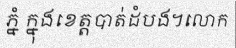
ភ្នំ ក្នុងខេត្តបាត់ដំបង។លោក